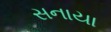
સનાયા